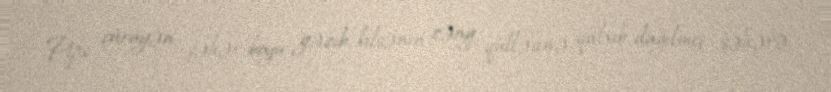
Pips çürüyən şəhər boyu gəzib, kilsənin zəng qülləsinə qalxıb, dağılmış şəhərə